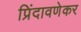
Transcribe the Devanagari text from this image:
प्रिंदावणेकर